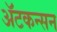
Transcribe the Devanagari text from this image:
ॲटकन्सन